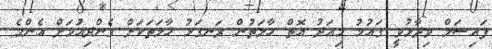
ފައިސަލް ވިދާޅުވީ ގައުމު މިއަދު އޮތް ހާލަތުން ރަނގަޅު ހާލަތަކަށް ގެންދިއުަމަށް އެންމެ